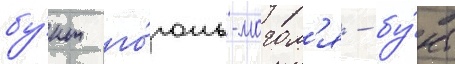
бу́нт го́голь-могол'я - бу́нт